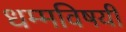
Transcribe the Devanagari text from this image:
धम्मविषयी